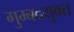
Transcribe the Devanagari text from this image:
गुम्बदयुक्त